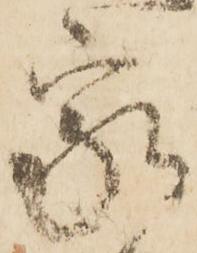
家